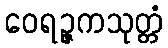
ဝေရဉ္ဇကသုတ္တံ